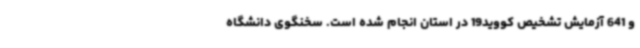
و 641 آزمایش تشخیص کووید19 در استان انجام شده است. سخنگوی دانشگاه